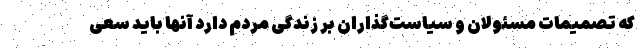
که تصمیمات مسئولان و سیاست‌گذاران بر زندگی مردم دارد آنها باید سعی